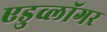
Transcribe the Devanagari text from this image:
एडुव्लॉगर